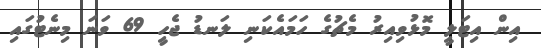
އިން އިޓަލީ މޮޅުވިއިރު މެޗުގެ ހަމައެކަނި ލަނޑު ޖެހީ 69 ވަނަ މިނެޓުގައި